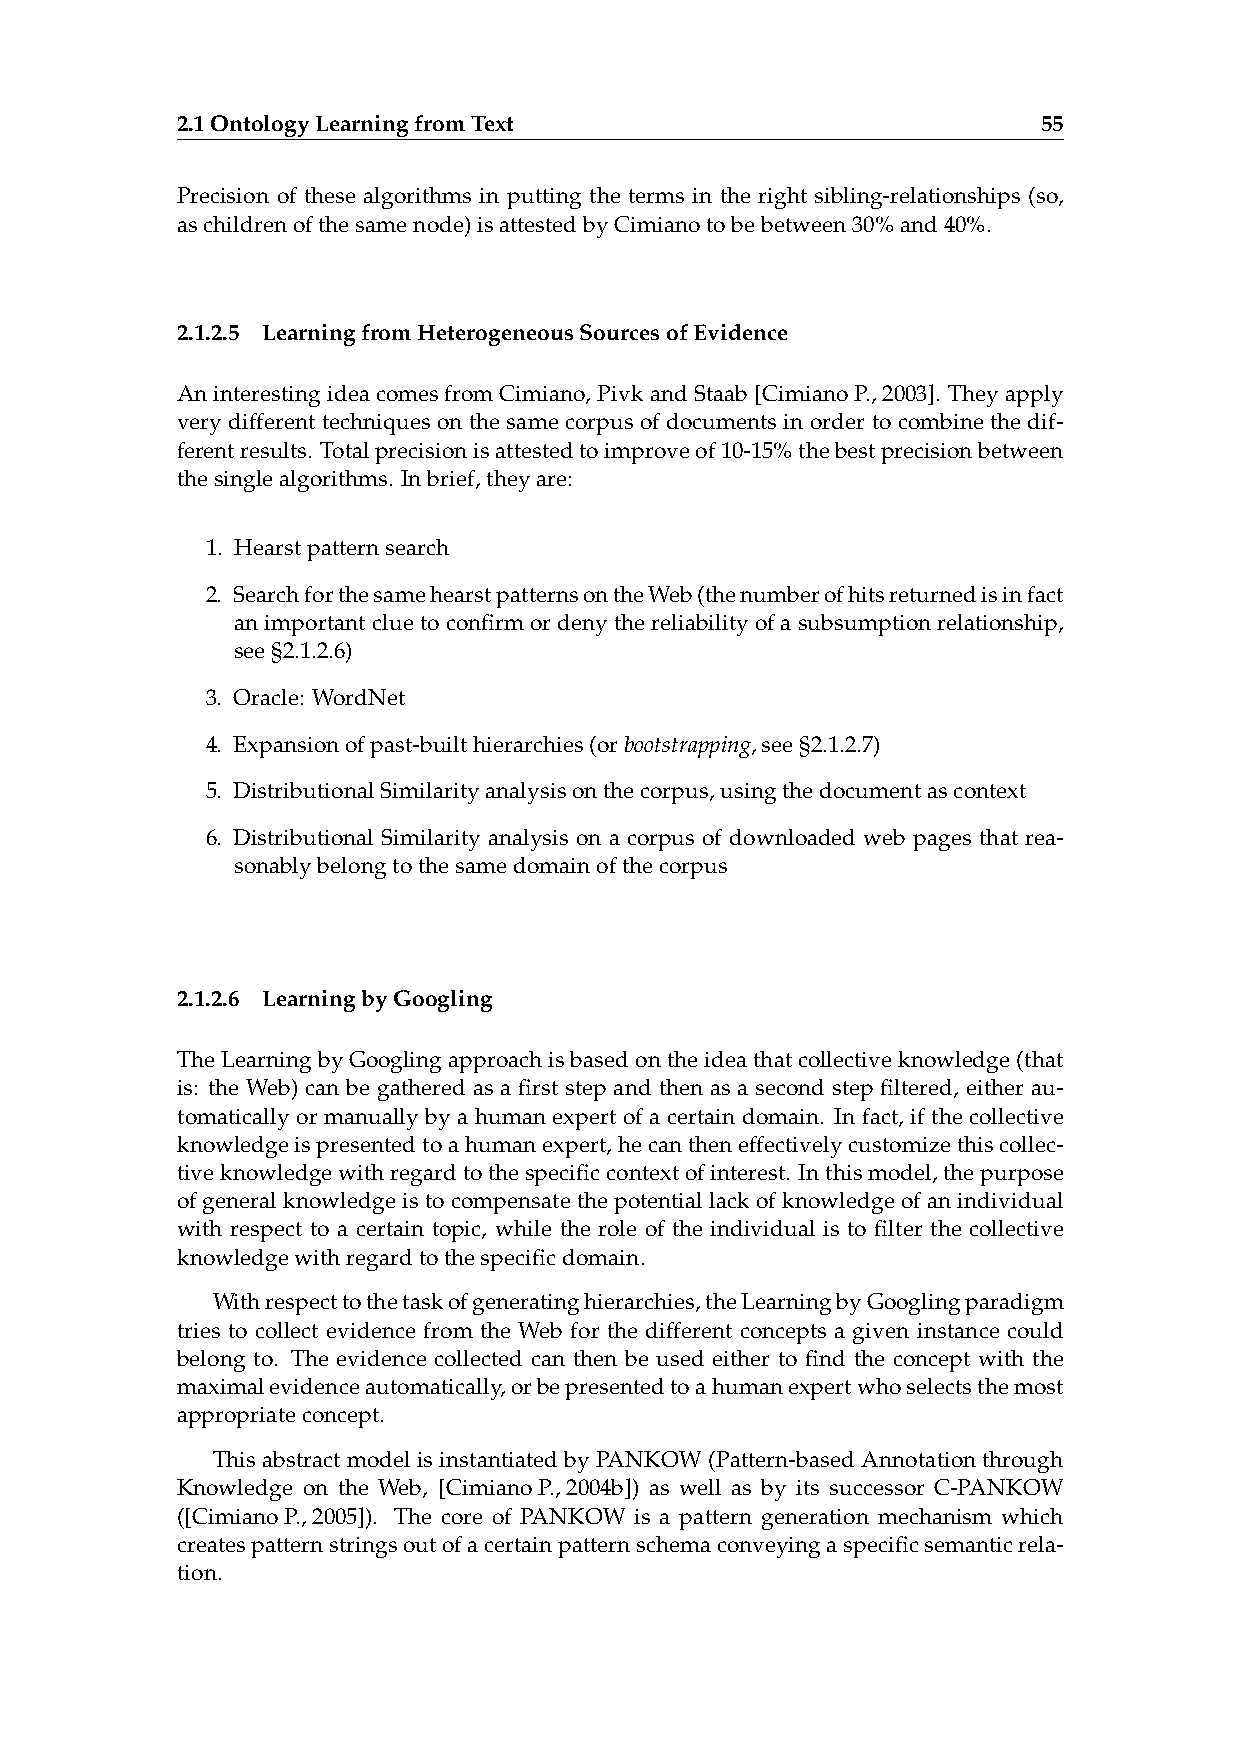
2.1OntologyLearningfromText                              55
 Precision of these algorithms in putting the terms in the right sibling-relationships (so,
 aschildrenofthesamenode)isattestedbyCimianotobebetween30%and40%.
 2.1.2.5 LearningfromHeterogeneousSourcesofEvidence
 AninterestingideacomesfromCimiano,PivkandStaab[CimianoP.,2003]. Theyapply
 very different techniques on the same corpus of documents in order to combine the dif-
 ferentresults. Totalprecisionisattestedtoimproveof10-15%thebestprecisionbetween
 thesinglealgorithms. Inbrief,theyare:
 1. Hearstpatternsearch
 2. SearchforthesamehearstpatternsontheWeb(thenumberofhitsreturnedisinfact
 animportantcluetoconfirmordenythereliabilityofasubsumptionrelationship,
 see§2.1.2.6)
 3. Oracle: WordNet
 4. Expansionofpast-builthierarchies(orbootstrapping,see§2.1.2.7)
 5. DistributionalSimilarityanalysisonthecorpus,usingthedocumentascontext
 6. Distributional Similarity analysis on a corpus of downloaded web pages that rea-
 sonablybelongtothesamedomainofthecorpus
 2.1.2.6 LearningbyGoogling
 TheLearningbyGooglingapproachisbasedontheideathatcollectiveknowledge(that
 is: the Web) can be gathered as a first step and then as a second step filtered, either au-
 tomatically or manually by a human expert of a certain domain. In fact, if the collective
 knowledgeispresentedtoahumanexpert,hecantheneffectivelycustomizethiscollec-
 tiveknowledgewithregardtothespecificcontextofinterest. Inthismodel,thepurpose
 ofgeneralknowledgeistocompensatethepotentiallackofknowledgeofanindividual
 with respect to a certain topic, while the role of the individual is to filter the collective
 knowledgewithregardtothespecificdomain.
 Withrespecttothetaskofgeneratinghierarchies,theLearningbyGooglingparadigm
 tries to collect evidence from the Web for the different concepts a given instance could
 belong to. The evidence collected can then be used either to find the concept with the
 maximalevidenceautomatically,orbepresentedtoahumanexpertwhoselectsthemost
 appropriateconcept.
 ThisabstractmodelisinstantiatedbyPANKOW(Pattern-basedAnnotationthrough
 Knowledge on the Web, [CimianoP.,2004b]) as well as by its successor C-PANKOW
 ([CimianoP.,2005]). The core of PANKOW is a pattern generation mechanism which
 createspatternstringsoutofacertainpatternschemaconveyingaspecificsemanticrela-
 tion.